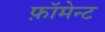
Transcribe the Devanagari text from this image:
फ़ॉमेन्ट